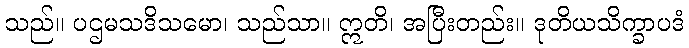
သည်။ ပဌမသဒိသမော၊ သည်သာ။ ဣတိ၊ အပြီးတည်း။ ဒုတိယသိက္ခာပဒံ